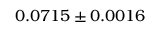
0 . 0 7 1 5 \pm 0 . 0 0 1 6